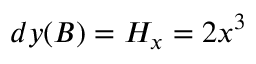
d y ( B ) = H _ { x } = 2 x ^ { 3 }